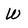
Character: W